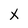
Character: X